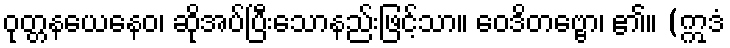
ဝုတ္တနယေနေဝ၊ ဆိုအပ်ပြီးသောနည်းဖြင့်သာ။ ဝေဒိတဗ္ဗော၊ ၏။ (ဣဒံ